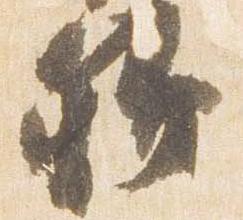
卿